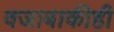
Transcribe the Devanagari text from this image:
वजाबाकीही